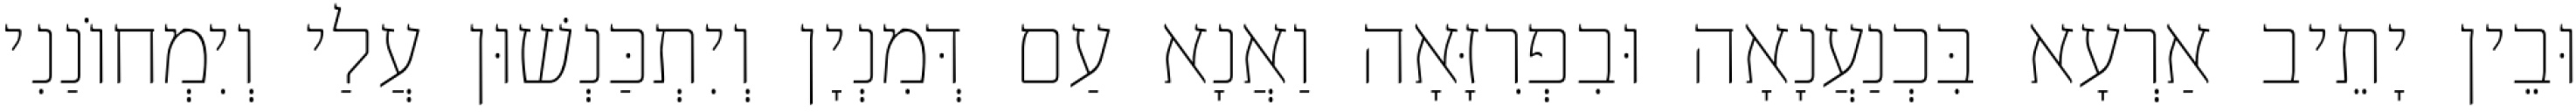
וּבֵין יָתֵיב אַרְעָא בִּכְנַעֲנָאָה וּבִפְרִזָּאָה וַאֲנָא עַם דְּמִנְיָן וְיִתְכַּנְשׁוּן עֲלַי וְיִמְחוֹנַנִי